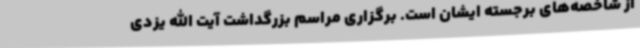
از شاخصه‌های برجسته ایشان است. برگزاری مراسم بزرگداشت آیت الله یزدی